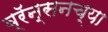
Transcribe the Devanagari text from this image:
ब्रॅन्सनच्या